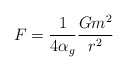
\begin{align*} F=\frac{1}{4\alpha_{g}}\frac{Gm^{2}}{r^{2}}\end{align*}